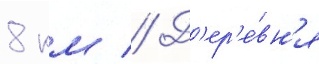
8 км // Д'ер'е́вн'я